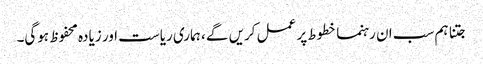
جتنا ہم سب ان رہنما خطوط پر عمل کریں گے ، ہماری ریاست اور زیادہ محفوظ ہوگی۔